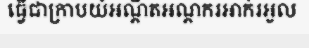
ធ្វើជាក្រាបយំអណ្តឺតអណ្តករអាក់រអួល